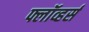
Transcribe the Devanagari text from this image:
फ्लॉव्हर्स